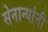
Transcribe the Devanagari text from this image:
सेनान्यांनी